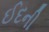
ઈદની